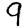
Digit: 9